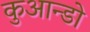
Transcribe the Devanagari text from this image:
कुआन्डो